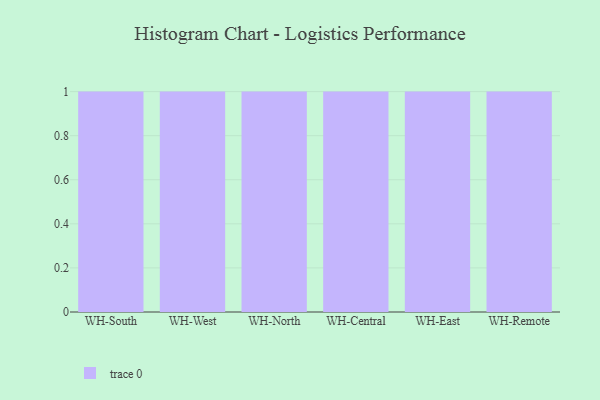
{"axis": {"x": "Warehouse", "y": "LTV (USD)"}, "legend": [""], "data": [{"x": "WH-South", "y": 61, "type": ""}, {"x": "WH-West", "y": 72, "type": ""}, {"x": "WH-North", "y": 49, "type": ""}, {"x": "WH-Central", "y": 21, "type": ""}, {"x": "WH-East", "y": 21, "type": ""}, {"x": "WH-Remote", "y": 66, "type": ""}]}